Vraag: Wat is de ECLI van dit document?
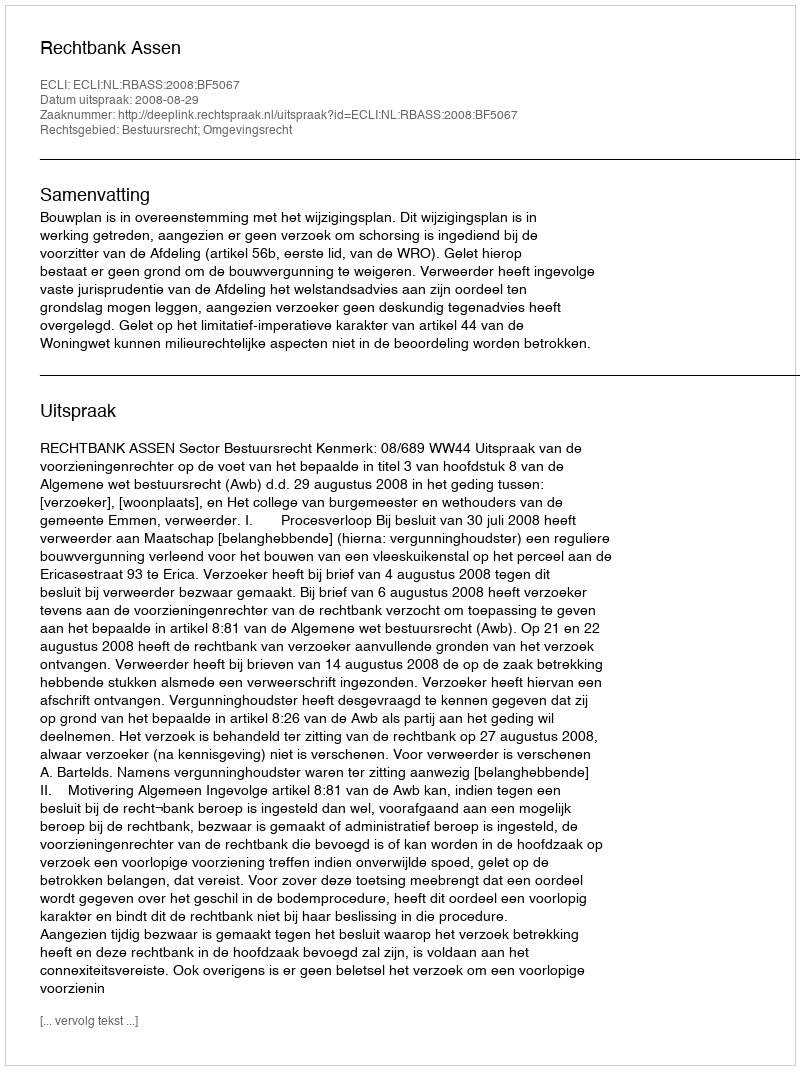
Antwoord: ECLI:NL:RBASS:2008:BF5067